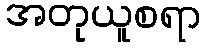
အတုယူစရာ